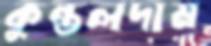
কুন্তলদাম